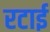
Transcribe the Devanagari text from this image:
रटाई